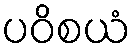
ပဝိစယံ